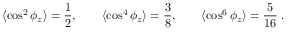
\langle \cos ^ { 2 } { \phi _ { z } } \rangle = \frac { 1 } { 2 } , \qquad \langle \cos ^ { 4 } { \phi _ { z } } \rangle = \frac { 3 } { 8 } , \qquad \langle \cos ^ { 6 } { \phi _ { z } } \rangle = \frac { 5 } { 1 6 } \; .